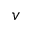
v